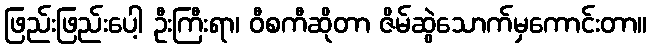
ဖြည်းဖြည်းပေါ့ ဦးကြီးရာ၊ ဝီစကီဆိုတာ ဇိမ်ဆွဲသောက်မှကောင်းတာ။